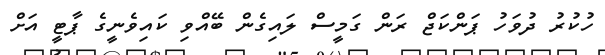
ހުކުރު ދުވަހު ޕަންކަޖް ރަން ގަމީސް ލައިގެން ބޭއްވި ކައިވެނީގެ ޕާޓީ އަށް